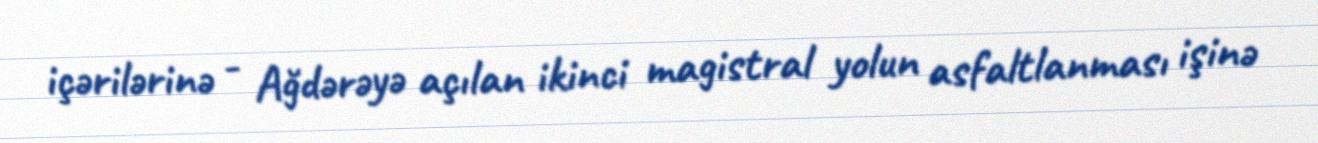
içərilərinə - Ağdərəyə açılan ikinci magistral yolun asfaltlanması işinə